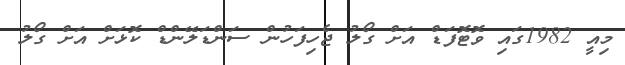
މިއީ 1982ގައި ވޮޓޮފަޑް އަށް ގޯލު ޖެހިފަހުން ސަންޑަލޭންޑް ކޮޅަށް އަށް ގޯލު